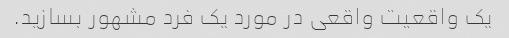
یک واقعیت واقعی در مورد یک فرد مشهور بسازید.